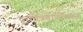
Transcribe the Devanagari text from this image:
दूरचित्रवाणीवरून